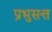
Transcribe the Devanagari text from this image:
प्रभुसत्त